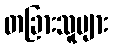
တခြားသူများ